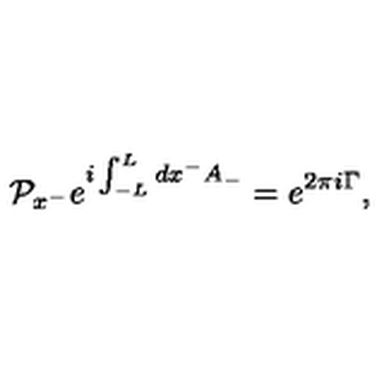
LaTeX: { \cal P } _ { x ^ { - } } e ^ { i \int _ { - L } ^ { L } d x ^ { - } A _ { - } } = e ^ { 2 \pi i \Gamma } ,